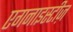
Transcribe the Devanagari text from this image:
एगनाइस्टीज़